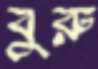
বুরু